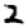
Digit: 2